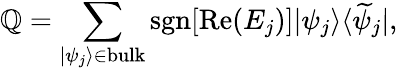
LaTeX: {\cal\mathbb{Q}}=\sum_{|\psi_{j}\rangle\in\mathrm{{bulk}}}\mathrm{{sgn}}[\mathrm{{Re}}(E_{j})]|\psi_{j}\rangle\langle\widetilde{{\psi}}_{j}|,